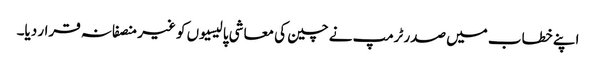
اپنے خطاب میں صدر ٹرمپ نے چین کی معاشی پالیسیوں کو غیر منصفانہ قرار دیا۔